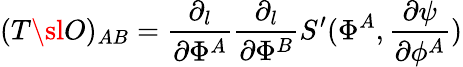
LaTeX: (T{\sl O})_{AB}={\frac{\partial_{l}}{\partial\Phi^{A}}}{\frac{\partial_{l}}{\partial\Phi^{B}}}S^{\prime}(\Phi^{A},{\frac{\partial\psi}{\partial\phi^{A}}})